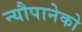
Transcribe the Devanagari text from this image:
न्यौपानेको